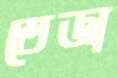
তেজা